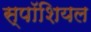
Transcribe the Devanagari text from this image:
स्पॉशियल